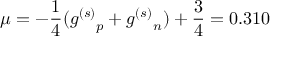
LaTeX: \mu = - { \frac { 1 } { 4 } } ( { g ^ { ( s ) } } _ { p } + { g ^ { ( s ) } } _ { n } ) + { \frac { 3 } { 4 } } = 0 . 3 1 0